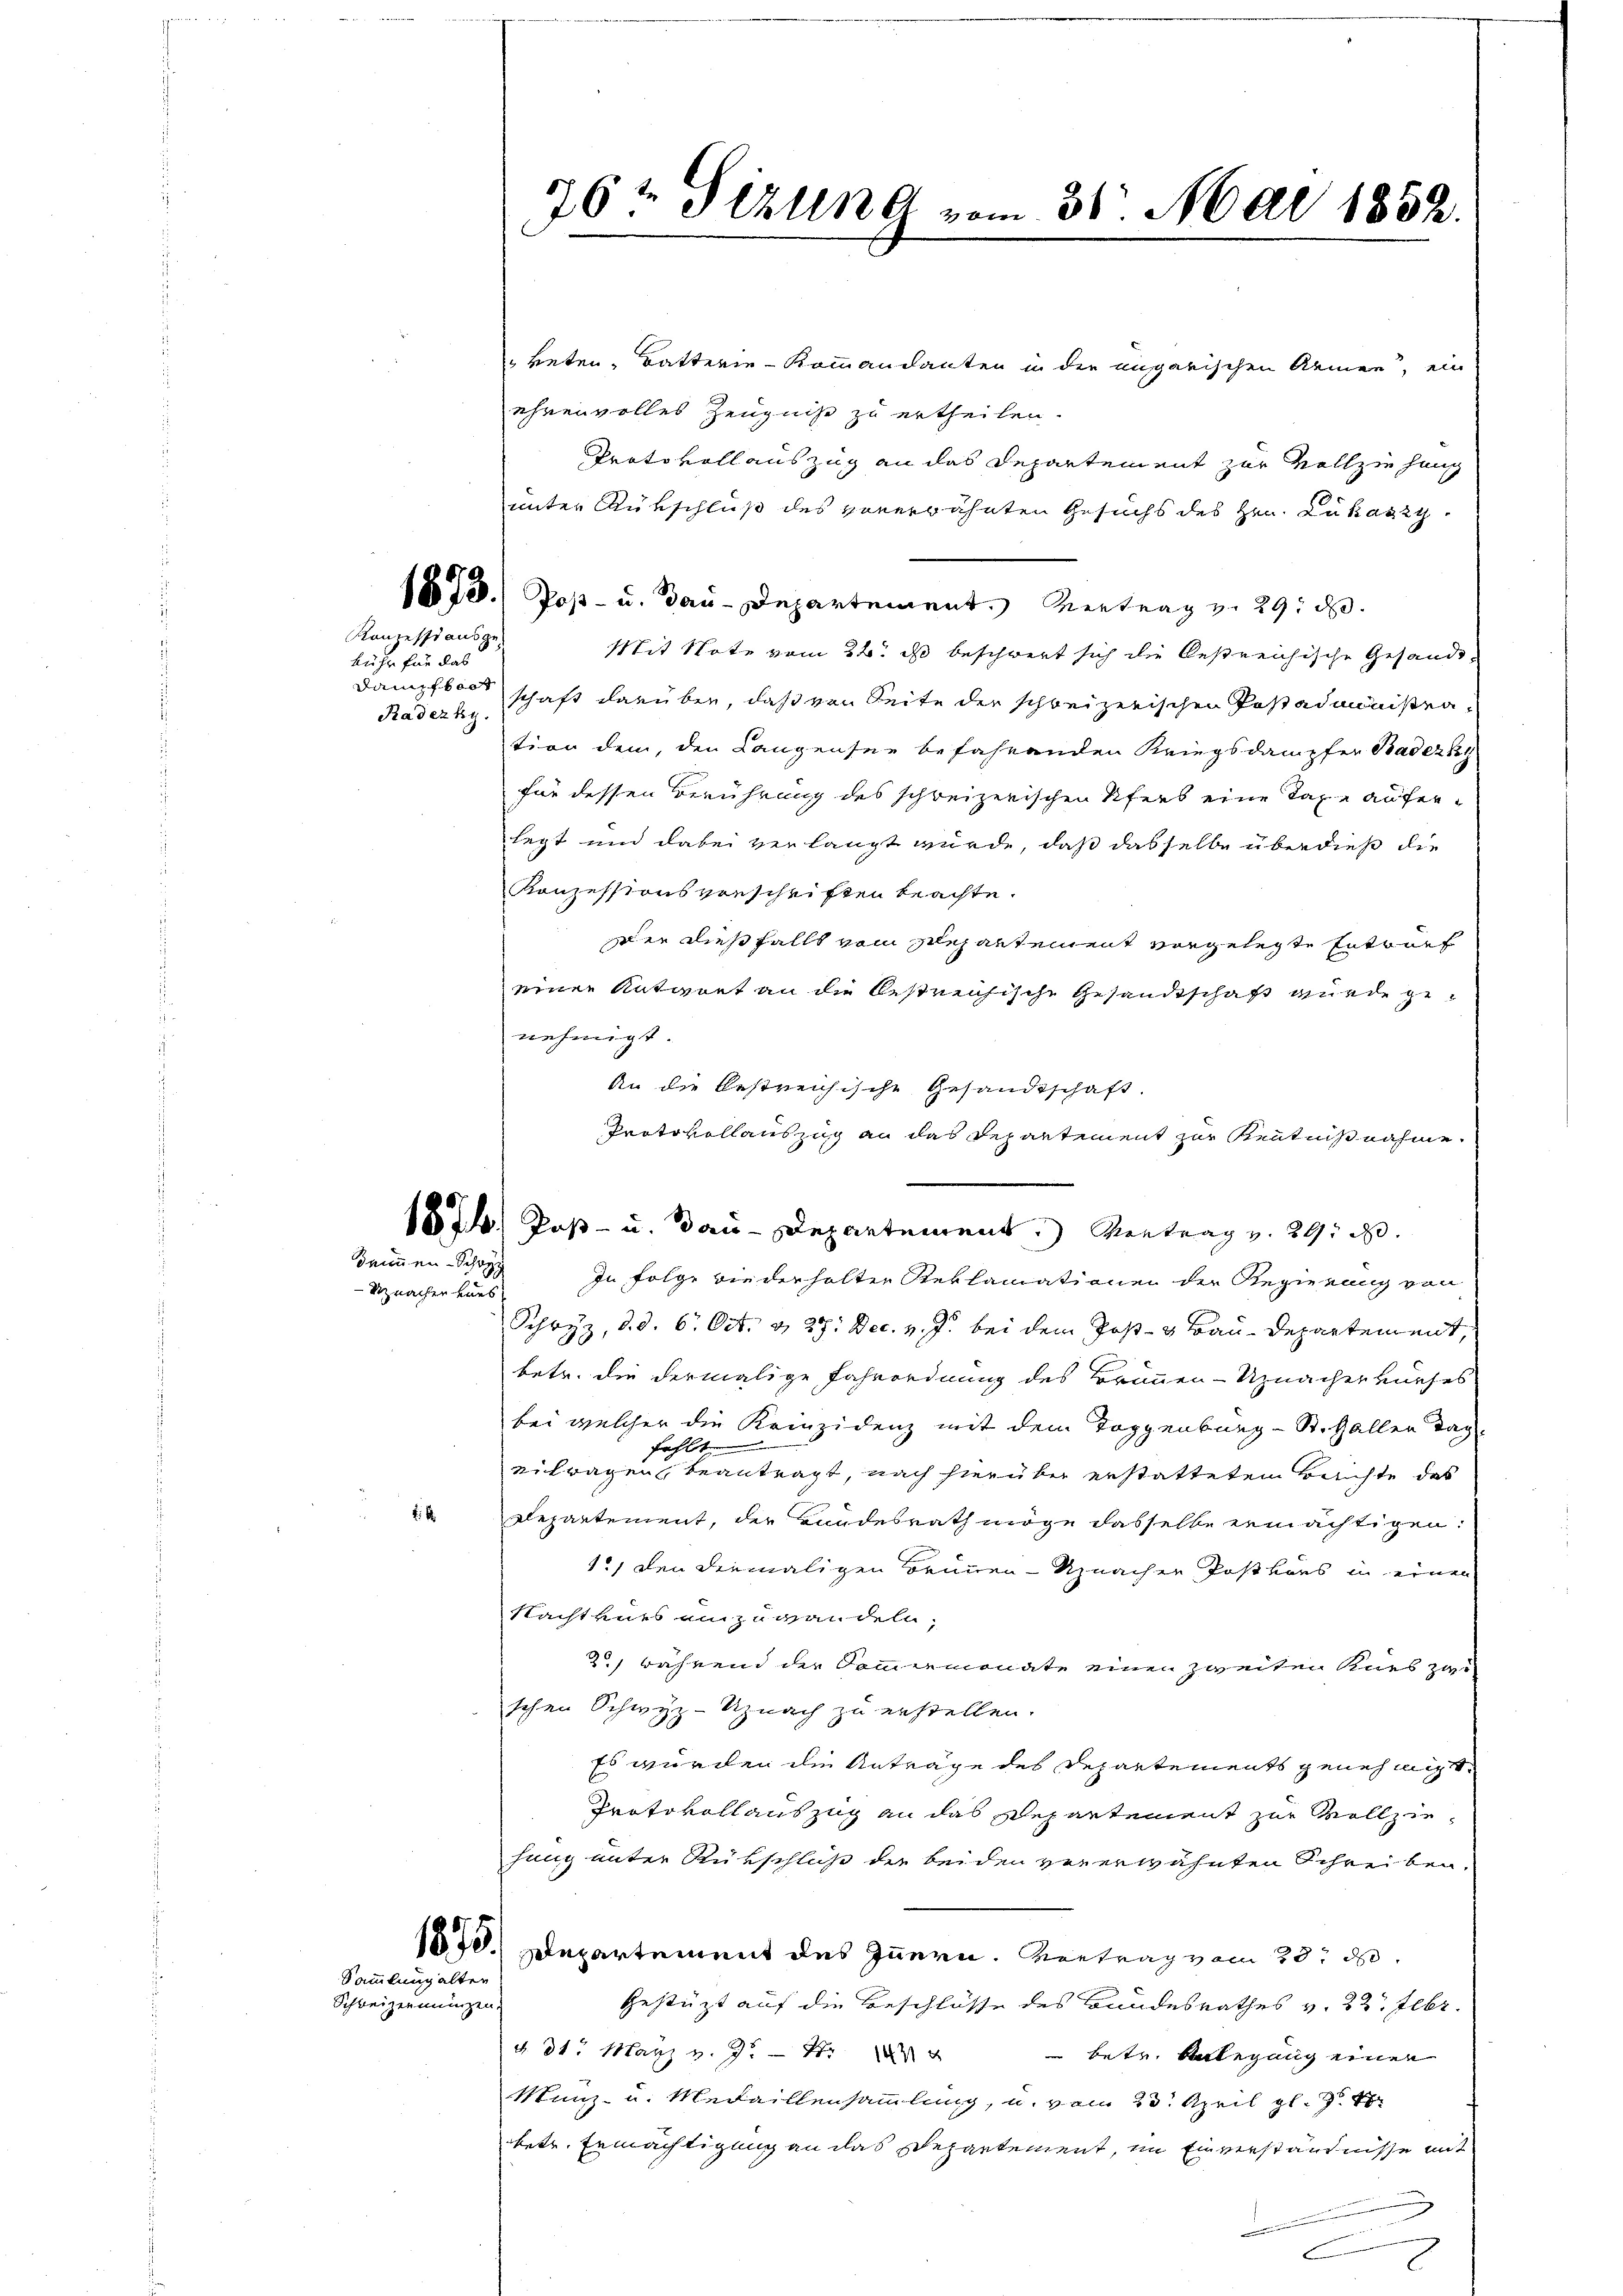
Konzessi ausgekühr für das
Dampfboot
Radezky.

Bannen Sch
Uznachen kuns

2 x

Sammlung alten
Schweizeumungen.

764 Sizung vom 31. Mai 1832.

keten Batterie - Kommandanten in der ungarischen Armen, ein
ehrenvolles Zeugniß zu ertheilen.
Protokollauszug an das Departement zur Vollziehung
unter Rükschluß des vorerwähnten Gesuchs des Hrn. Lukaszy
1878.) Pop- u. Bau-Departement. Vertrag v. 29. d.
Mit Note vom 22. ds beschwert sich die bestreichische Gesandtschaft darüber, daß von Seite der schweizerischen Postadministention den, den Langensee befahrenden Kriegsdampfer Badersch
für dessen Berührung des schweizerischen Uferb eine Taxe auferlegt und dabei verlangt würde, daß dasselbe überdieß die
Konzessionsvorschriften beachte.
Der dießfalls vom Departement vorgelegte Entwurf
einer Antwort an die bestreichische Gesandtschaft wurde genehmigt.
An die bestreichische Gesandtschaft.
Protokollauszug an das Departement zur Kenntnißnahme.
1874. Post- u. Bau-Departement.) Vertrag v. 29. d.
In Folge wiederholten Reklamationen der Regierung von
Schwyz, d. d. 6. Oct. v. 27. Dec. v. J. bei dem Post- & Bau-Departement,
betr. die dermalige Fahrordnung des Brunnen-Uznacherkurses
bei welcher die Krinzidenz mit dem Toggenburg - St. Gallen Tag.
fehlte
eitragen beantragt, nach hierüber erstattetem Bachte des
Departement, der Bundesrath möge dasselbe ermächtigen:
1., den diemaligen Brunnen-Unachen Postkars in einen
Nachtvers einzuwandeln,
2) während der Sommenmonate einen zweiten Kues zu
schen Schwyz-Uznach zu erstellen.
Es wurden die Anträge des Departements genehmigt.
Protokollauszug an das Departement zur Vollziehung unter Rükschluß der beiden vererwähnten Schreiben,
1870. Departement des Innern. Vortrag vom 23. d.
Gestüzt auf die Beschlüsse des Bundesrathes v. 22. Febr.
d. 31. März v. 9.
 betr. Anlegung einer
Münz- u. Medaillensammlung, u. vom 23. April gl.
betr. Ermächtigung an das Departement, im Einverständnisse mit
a